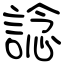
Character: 諗